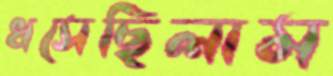
ধসেছিলাম